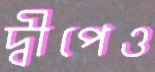
দ্বীপেও